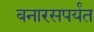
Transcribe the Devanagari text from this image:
बनारसपर्यंत